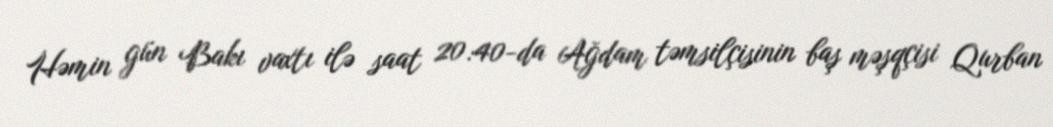
Həmin gün Bakı vaxtı ilə saat 20:40-da Ağdam təmsilçisinin baş məşqçisi Qurban